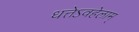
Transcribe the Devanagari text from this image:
धत्तेऽवहेलाम्